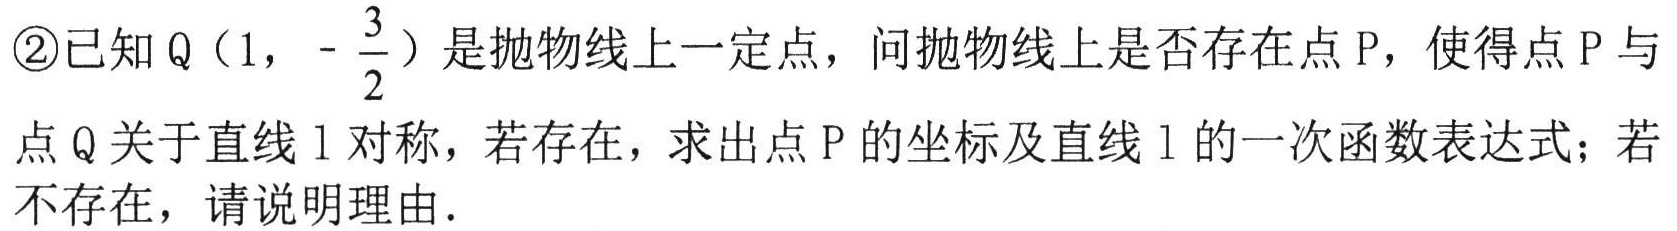
\textcircled{2}已知$Q\left(1,-\dfrac{3}{2}\right)$是抛物线上一定点，问抛物线上是否存在点$P$，使得点$P$与点$Q$关于直线$l$对称，若存在，求出点$P$的坐标及直线$l$的一次函数表达式；若不存在，请说明理由.